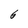
Character: 6